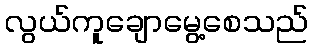
လွယ်ကူချောမွေ့စေသည်